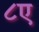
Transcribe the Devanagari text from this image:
८ए